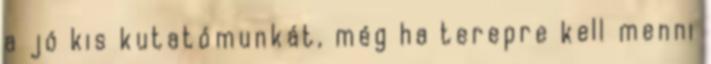
a jó kis kutatómunkát, még ha terepre kell menni